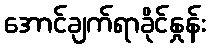
အောင်ချက်ရာခိုင်နှုန်း